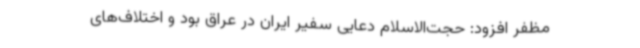
مظفر افزود: حجت‌الاسلام دعایی سفیر ایران در عراق بود و اختلاف‌های